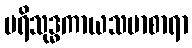
ပရိသုဒ္ဓကာယသမာစာရာ